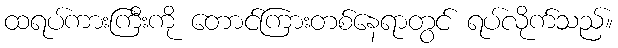
ထရပ်ကားကြီးကို တောင်ကြားတစ်နေရာတွင် ရပ်လိုက်သည်။